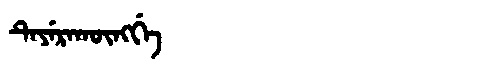
Manchu: ᡨᡝᠶᡝᡵᠠᡴᡡᠩᡤᡝ
Romanization: TEYERAKŪNGGE